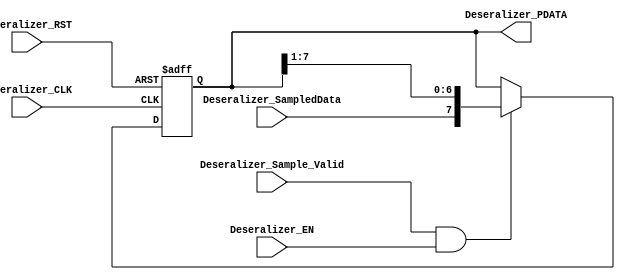
// TYPE: module
// DEPARTMENT: communication and electronics department
// AUTHOR EMAIL: mina.hannaone@gmail.com
//------------------------------------------------
// Release history
// VERSION DATE AUTHOR DESCRIPTION
// 1.0 22/7/2022 Mina Hanna final version
//------------------------------------------------
// KEYWORDS: Deseralizer serial in parrallel out
//------------------------------------------------
// PURPOSE: \this deseralizer is used to transform serial data 
// coming from data sampler to parallel data\
module Deseralizer #(parameter WIDTH =8)(
  input    wire                  Deseralizer_SampledData,
  input    wire                  Deseralizer_Sample_Valid,
  input    wire                  Deseralizer_EN,
  input    wire                  Deseralizer_CLK,
  input    wire                  Deseralizer_RST,
  output   reg    [WIDTH-1:0]    Deseralizer_PDATA);
  
  ///////////////////////Deseralizer logic////////////////
  always@(posedge Deseralizer_CLK or negedge Deseralizer_RST)
  begin
    if(!Deseralizer_RST)
      begin
        Deseralizer_PDATA <= 'b0;
      end
    else if(Deseralizer_Sample_Valid & Deseralizer_EN)
      begin
        Deseralizer_PDATA <= {Deseralizer_SampledData,Deseralizer_PDATA[WIDTH-1:1]};
      end
  end
  
endmodule